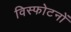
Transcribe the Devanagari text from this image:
विस्फोटनों